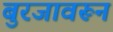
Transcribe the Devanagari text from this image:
बुरजावरून